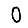
Digit: 0